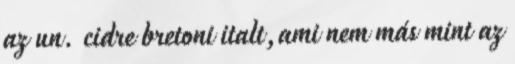
az un. cidre bretoni italt,ami nem más mint az